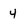
Character: 4